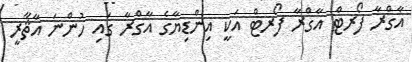
އާގްރާ ފޯރޓް އާގްރާ ފޯރޓް އަކީ އިންޑިޔާގެ އާގްރާ ގައި ހުންނަ އާޘާރީ